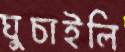
ঘুচাইলি